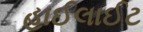
હાઈલાઈટ